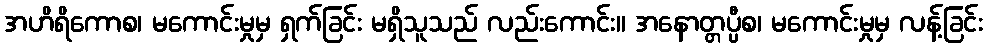
အဟိရိကောစ၊ မကောင်းမှုမှ ရှက်ခြင်း မရှိသူသည် လည်းကောင်း။ အနောတ္တပ္ပီစ၊ မကောင်းမှုမှ လန့်ခြင်း